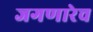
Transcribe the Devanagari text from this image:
जगणारेच